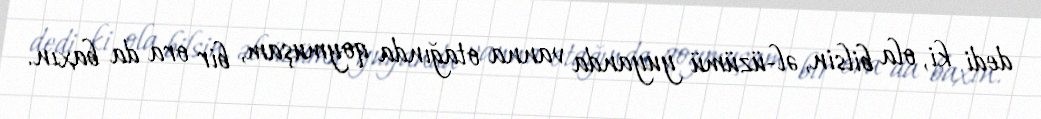
dedi ki, ola bilsin, əl-üzümü yuyanda vanna otağında qoymuşam, bir ora da baxın.